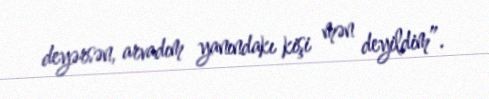
deyərsən, arvadım yanındakı kişi mən deyildim”.